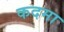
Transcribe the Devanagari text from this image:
कदमा